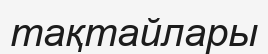
тақтайлары